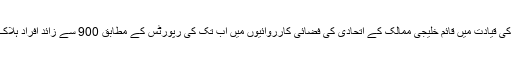
سعودی عرب کی قیادت میں قائم خلیجی ممالک کے اتحادی کی فضائی کارروائیوں میں اب تک کی رپورٹس کے مطابق 900 سے زائد افراد ہلاک ہو چکے ہیں۔